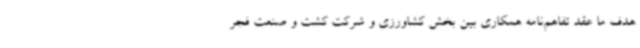
هدف ما عقد تفاهم‌نامه همکاری بین بخش کشاورزی و شرکت کشت و صنعت فجر